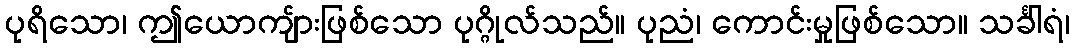
ပုရိသော၊ ဤယောကျ်ားဖြစ်သော ပုဂ္ဂိုလ်သည်။ ပုညံ၊ ကောင်းမှုဖြစ်သော။ သင်္ခါရံ၊